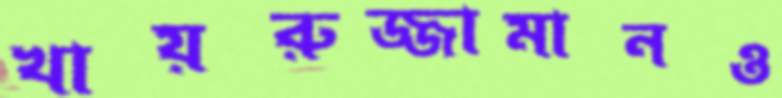
খায়রুজ্জামানও